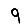
Digit: 9